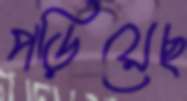
পড়িয়েছ